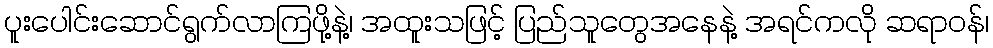
ပူးပေါင်းဆောင်ရွက်လာကြဖို့နဲ့၊ အထူးသဖြင့် ပြည်သူတွေအနေနဲ့ အရင်ကလို ဆရာဝန်၊